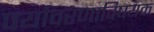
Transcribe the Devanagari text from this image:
पर्यावरणाविषयक